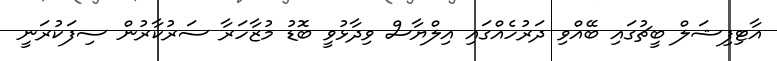
އާޓިފިޝަލް ބީޗުގައި ބޭއްވި ދަރުހެއްގައި އިލްޔާސް ވިދާޅުވީ ބޮޑު މުޒާހަރާ ސަރުކާރުން ސިފަކުރަނީ